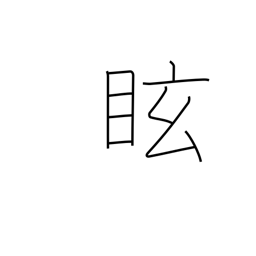
Meaning: dizzy